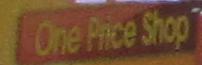
one